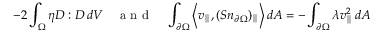
- 2 \int _ { \Omega } \eta D : D \, d V \quad \mathrm { ~ a ~ n ~ d ~ } \quad \int _ { \partial \Omega } \left\langle v _ { \parallel } , ( S n _ { \partial \Omega } ) _ { \parallel } \right\rangle d A = - \int _ { \partial \Omega } \lambda v _ { \parallel } ^ { 2 } \, d A